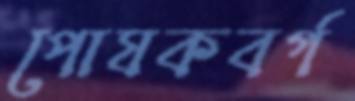
পোষকবর্গ